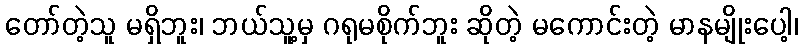
တော်တဲ့သူ မရှိဘူး၊ ဘယ်သူ့မှ ဂရုမစိုက်ဘူး ဆိုတဲ့ မကောင်းတဲ့ မာနမျိုးပေါ့၊